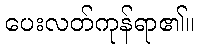
ပေးလတ်ကုန်ရာ၏။